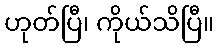
ဟုတ်ပြီ၊ ကိုယ်သိပြီ။